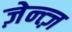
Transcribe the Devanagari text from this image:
ज़ेन्त्ज़